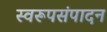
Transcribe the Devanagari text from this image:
स्वरूपसंपादन